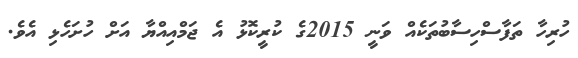
ހުރިހާ ތަފާސްހިސާބުތަކެއް ވަނީ 2015ގެ ކުރީކޮޅު އެ ޖަމްއިއްޔާ އަށް ހުށަހެޅި އެވެ.